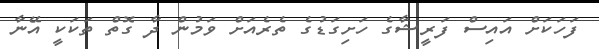
ފަހަކަށް އައިސް ފަރީޝާގެ ހަށިގަޑުގެ ތެރެއަށް ވަމުން ދާ ގޮތް ތަކަކީ އޭނާ